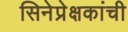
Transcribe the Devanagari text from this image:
सिनेप्रेक्षकांची